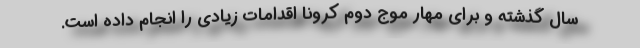
سال گذشته و برای مهار موج دوم کرونا اقدامات زیادی را انجام داده است.